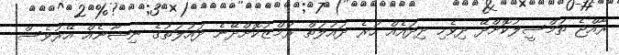
ރާއްޖެ ތަމްސީލުކޮށްދޭ ދިވެހި ދިދައެއް ހުރެ ދައުލަތް ރަމްޒުކޮށްދޭނެ ދައުލަތުގެ ނިޝާނެއް އޭރުވެސް